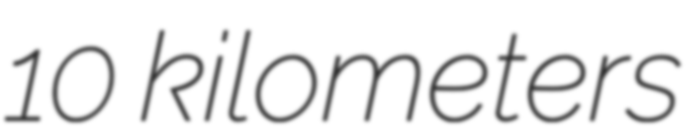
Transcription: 10 kilometers